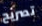
تصريح